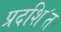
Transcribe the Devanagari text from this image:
प्रदशि॔त